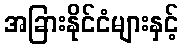
အခြားနိုင်ငံများနှင့်